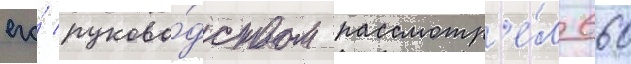
его́ руково́дством рассмотр'е́л 660